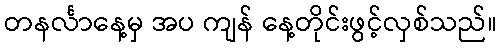
တနင်္လာနေ့မှ အပ ကျန် နေ့တိုင်းဖွင့်လှစ်သည်။